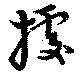
拠